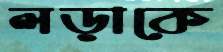
লড়াকে